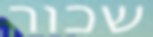
שכור